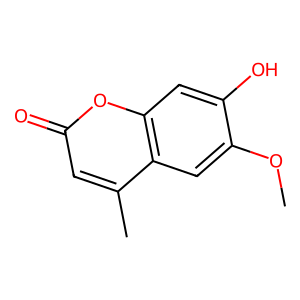
SMILES: COc1cc2c(C)cc(=O)oc2cc1O
Inhibits HIV replication: No